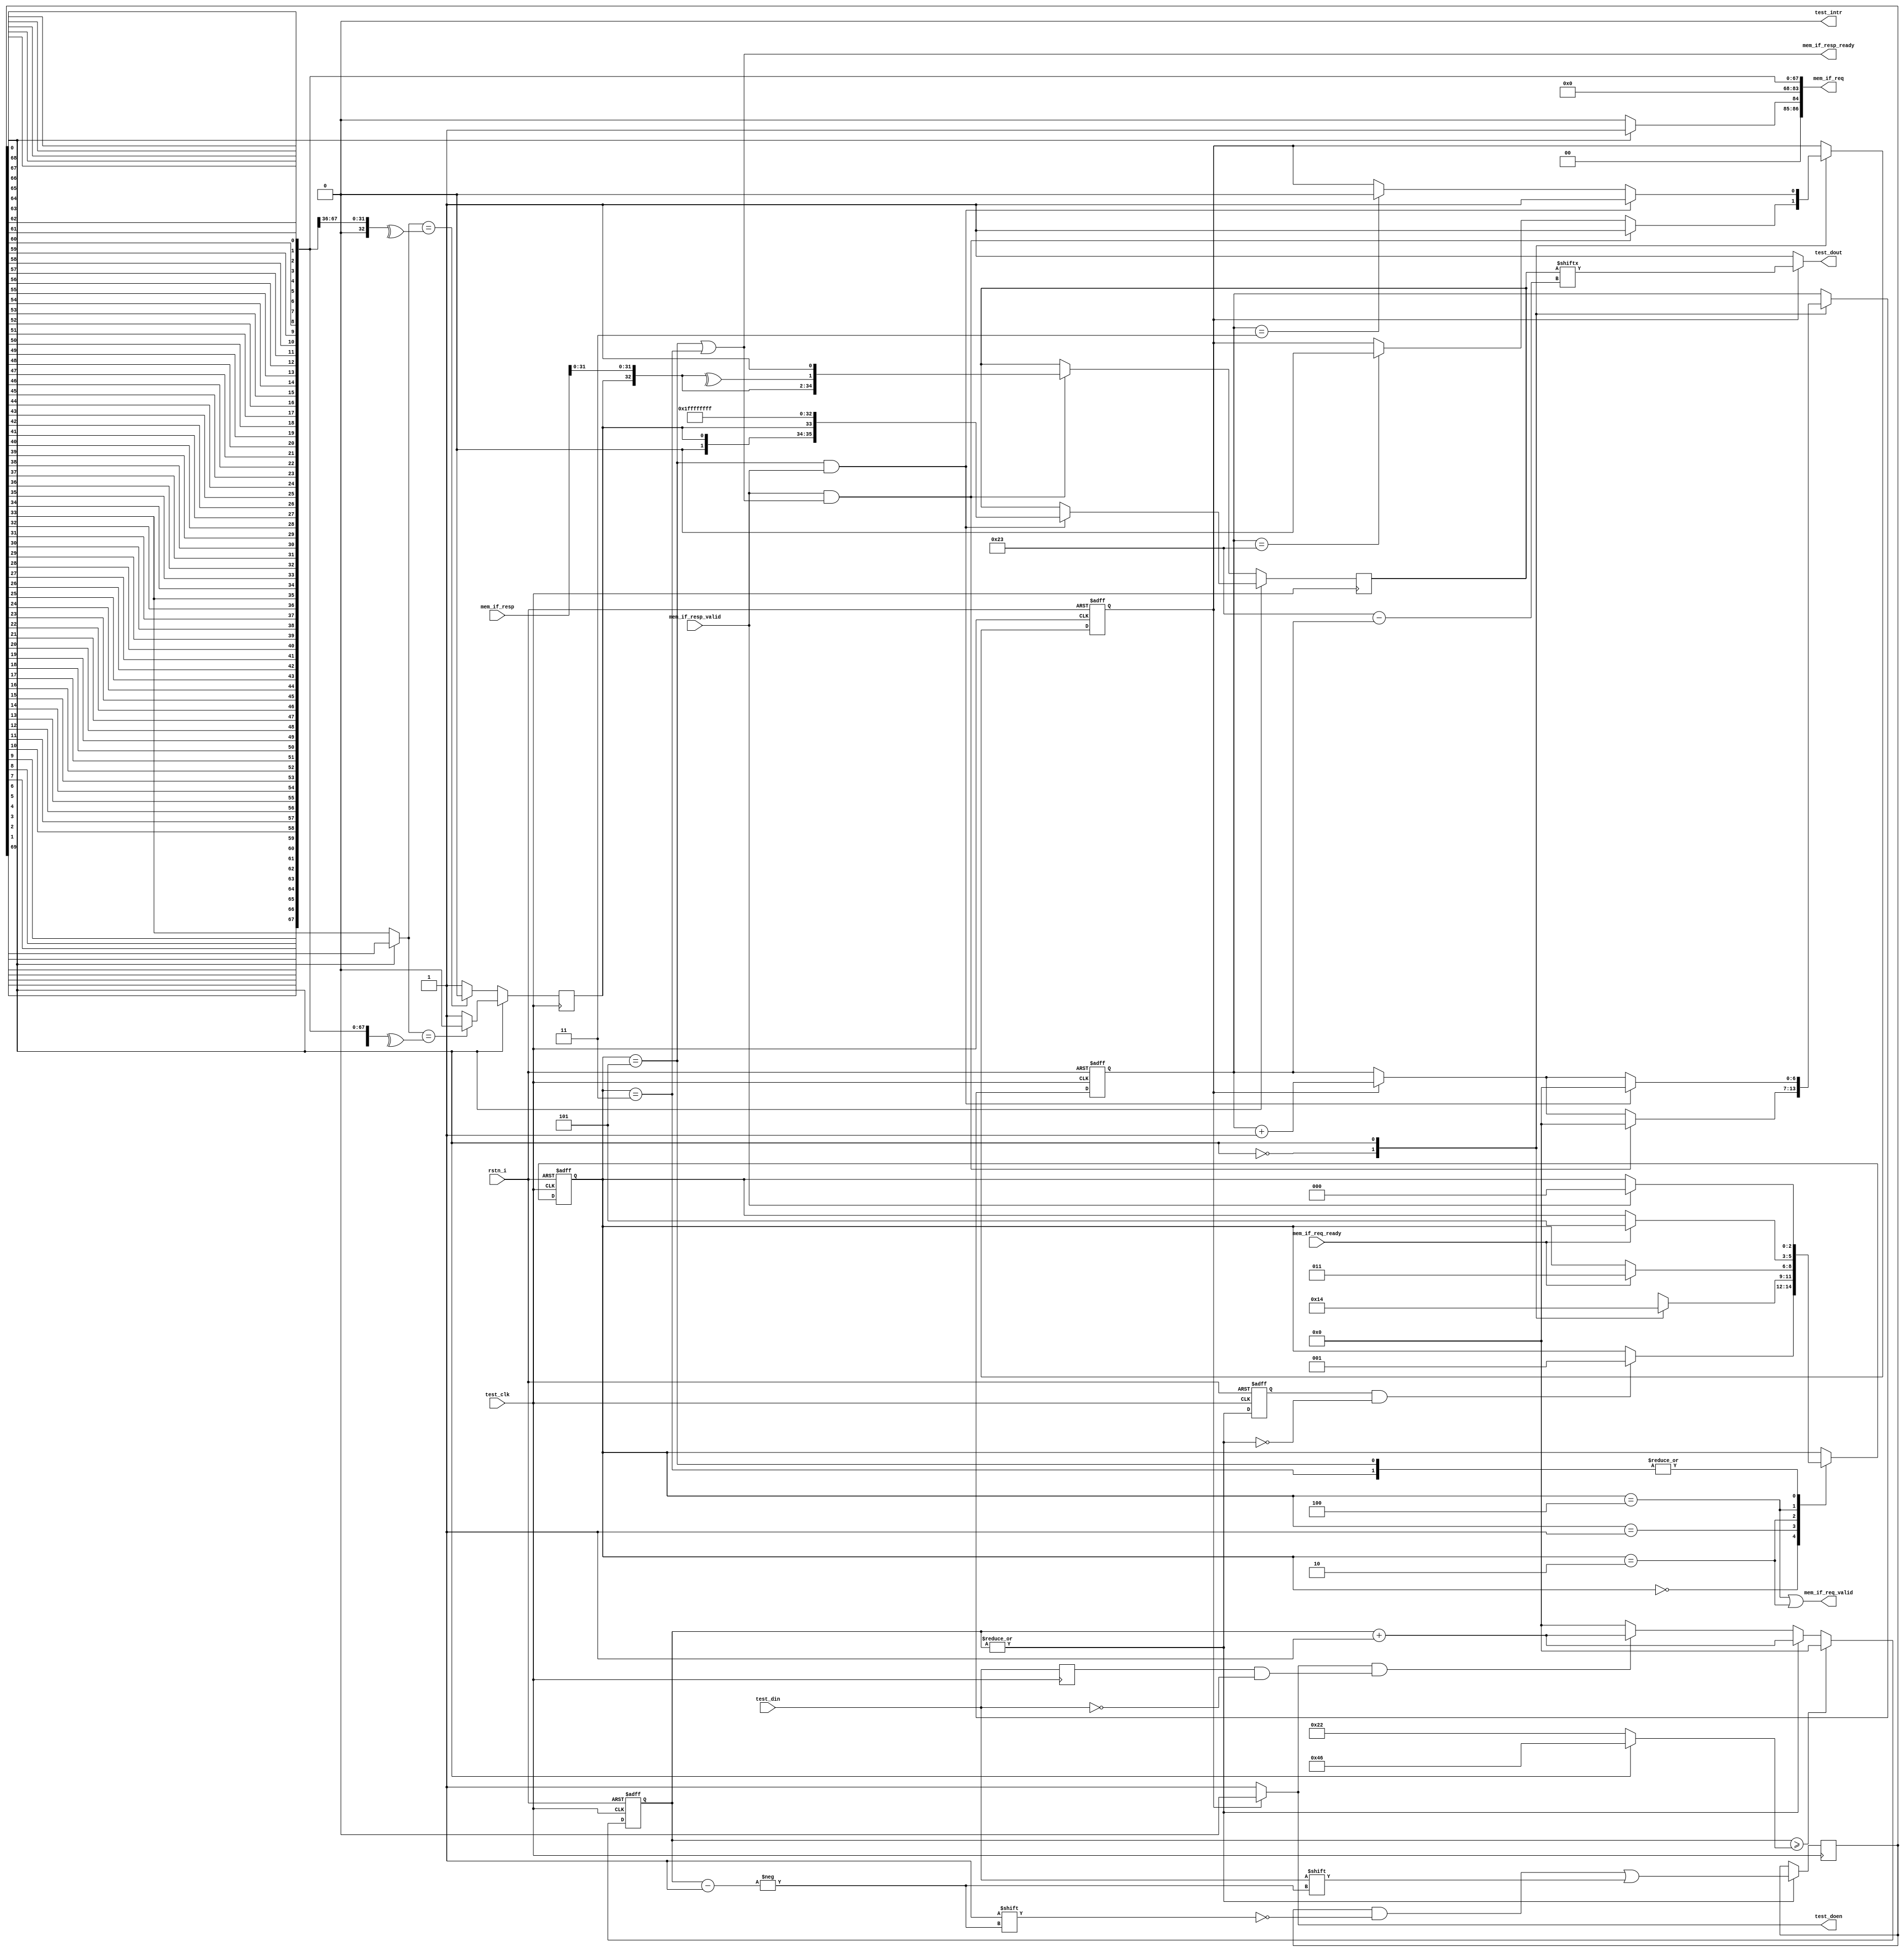
module rct_testio_ma (
	rstn_i,
	test_intr,
	test_clk,
	test_din,
	test_dout,
	test_doen,
	mem_if_req_valid,
	mem_if_req_ready,
	mem_if_req,
	mem_if_resp_valid,
	mem_if_resp_ready,
	mem_if_resp
);
	input wire rstn_i;
	output wire test_intr;
	input wire test_clk;
	input wire test_din;
	output reg test_dout;
	output reg test_doen;
	output wire mem_if_req_valid;
	input wire mem_if_req_ready;
	localparam rct_cfg_RCT_MEM_ADDR_W = 32;
	localparam rct_cfg_RCT_MEM_DATA_W = 32;
	localparam rct_cfg_RCT_MEM_MASK_W = 4;
	localparam rct_cfg_CPUNOC_TID_RID_SIZE = 4;
	localparam rct_cfg_CPUNOC_TID_SRCID_SIZE = 4;
	localparam rct_cfg_CPUNOC_TID_TID_SIZE = 8;
	output wire [86:0] mem_if_req;
	input wire mem_if_resp_valid;
	output wire mem_if_resp_ready;
	input wire [50:0] mem_if_resp;
	assign test_intr = 1'b0;
	localparam signed [31:0] N_CNT_BITS = 7;
	localparam [6:0] N_CMD_BITS = 1;
	localparam [6:0] N_ADDR_BITS = 32;
	localparam [6:0] N_STRB_BITS = 4;
	localparam [6:0] N_DATA_BITS = 32;
	localparam [6:0] N_PRTY_BITS = 1;
	localparam [6:0] N_ACK_BITS = 1;
	localparam [6:0] N_CMDBUF_BITS = (((N_CMD_BITS + N_ADDR_BITS) + N_DATA_BITS) + N_STRB_BITS) + N_PRTY_BITS;
	localparam [N_CMD_BITS - 1:0] CMD_RD = 0;
	localparam [N_CMD_BITS - 1:0] CMD_WR = 1;
	localparam [0:0] START = 0;
	localparam [0:0] STOP = 1;
	localparam [N_ACK_BITS - 1:0] ACK_OK = {N_ACK_BITS {1'b0}};
	localparam [N_ACK_BITS - 1:0] ACK_ERR = {N_ACK_BITS {1'b1}};
	wire [N_DATA_BITS - 1:0] resp_data;
	reg [2:0] rff_cdcst;
	reg [2:0] next_cdcst;
	wire test_rstn;
	assign test_rstn = rstn_i;
	reg dff_test_din;
	always @(posedge test_clk) dff_test_din <= test_din;
	wire test_din_en;
	reg dff_test_din_en;
	wire test_din_neg;
	reg [6:0] rff_cmd_idx_max;
	reg [6:0] rff_cmd_idx;
	assign test_din_en = |rff_cmd_idx;
	assign test_din_neg = (dff_test_din == 1'b1) && (test_din == 1'b0);
	always @(posedge test_clk or negedge test_rstn)
		if (test_rstn == 1'b0)
			dff_test_din_en <= 1'd0;
		else
			dff_test_din_en <= test_din_en;
	wire [N_CMD_BITS - 1:0] cmd;
	always @(*)
		if (cmd == CMD_WR)
			rff_cmd_idx_max = (((1 + N_ADDR_BITS) + N_STRB_BITS) + N_DATA_BITS) + N_PRTY_BITS;
		else if (cmd == CMD_RD)
			rff_cmd_idx_max = (1 + N_ADDR_BITS) + N_PRTY_BITS;
		else
			rff_cmd_idx_max = {N_CNT_BITS {1'b1}};
	always @(posedge test_clk or negedge test_rstn)
		if (test_rstn == 1'b0)
			rff_cmd_idx <= {N_CNT_BITS {1'b0}};
		else if (rff_cmd_idx >= rff_cmd_idx_max)
			rff_cmd_idx <= {N_CNT_BITS {1'b0}};
		else if (test_din_en)
			rff_cmd_idx <= rff_cmd_idx + 1'b1;
		else if (test_doen && test_din_neg)
			rff_cmd_idx <= rff_cmd_idx + 1'b1;
		else
			rff_cmd_idx <= {N_CNT_BITS {1'b0}};
	reg [N_CMDBUF_BITS:1] dff_cmdbuf;
	always @(posedge test_clk)
		if (test_din_en)
			dff_cmdbuf[rff_cmd_idx] <= test_din;
	wire [N_ADDR_BITS - 1:0] addr;
	wire [N_STRB_BITS - 1:0] wstrb;
	wire [N_DATA_BITS - 1:0] wdata;
	wire [N_PRTY_BITS - 1:0] prty;
	genvar i;
	generate
		for (i = 0; i < N_CMD_BITS; i = i + 1) begin : CMD_REORDER_GEN
			assign cmd[i] = dff_cmdbuf[N_CMD_BITS - i];
		end
		for (i = 0; i < N_ADDR_BITS; i = i + 1) begin : ADDR_REORDER_GEN
			assign addr[i] = dff_cmdbuf[(N_CMD_BITS + N_ADDR_BITS) - i];
		end
		for (i = 0; i < N_STRB_BITS; i = i + 1) begin : STRB_REORDER_GEN
			assign wstrb[i] = dff_cmdbuf[((N_CMD_BITS + N_ADDR_BITS) + N_STRB_BITS) - i];
		end
		for (i = 0; i < N_DATA_BITS; i = i + 1) begin : WDATA_REORDER_GEN
			assign wdata[i] = dff_cmdbuf[(((N_CMD_BITS + N_ADDR_BITS) + N_STRB_BITS) + N_DATA_BITS) - i];
		end
	endgenerate
	function automatic [6:0] sv2v_cast_70A79;
		input reg [6:0] inp;
		sv2v_cast_70A79 = inp;
	endfunction
	function automatic [sv2v_cast_70A79(1) - 1:0] sv2v_cast_45798;
		input reg [sv2v_cast_70A79(1) - 1:0] inp;
		sv2v_cast_45798 = inp;
	endfunction
	generate
		for (i = 0; i < N_PRTY_BITS; i = i + 1) begin : PRTY_REORDER_GEN
			assign prty[i] = (cmd == sv2v_cast_45798(1) ? dff_cmdbuf[((((N_CMD_BITS + N_ADDR_BITS) + N_STRB_BITS) + N_DATA_BITS) + N_PRTY_BITS) - i] : dff_cmdbuf[((N_CMD_BITS + N_ADDR_BITS) + N_PRTY_BITS) - i]);
		end
	endgenerate
	wire prty_wreq_exp;
	wire prty_rreq_exp;
	reg [N_ACK_BITS - 1:0] ack;
	assign prty_wreq_exp = ^{CMD_WR, addr, wstrb, wdata};
	assign prty_rreq_exp = ^{CMD_RD, addr};
	always @(posedge test_clk)
		if (cmd == CMD_WR)
			ack <= (prty == prty_wreq_exp ? ACK_OK : ACK_ERR);
		else if (cmd == CMD_RD)
			ack <= (prty == prty_rreq_exp ? ACK_OK : ACK_ERR);
		else
			ack <= ack;
	wire [N_PRTY_BITS - 1:0] rprty;
	wire [N_PRTY_BITS - 1:0] wprty;
	assign rprty = ^{ack, resp_data};
	assign wprty = ^{ack};
	reg [(((1 + N_ACK_BITS) + N_DATA_BITS) + N_PRTY_BITS) + 0:0] dff_payload;
	reg [6:0] rff_payload_idx;
	reg rff_payload_in_progress;
	always @(posedge test_clk)
		if (cmd == CMD_RD) begin
			if (mem_if_resp_valid & mem_if_resp_ready)
				dff_payload <= {START, ack, resp_data, rprty, STOP};
			else
				dff_payload <= dff_payload;
		end
		else if (cmd == CMD_WR) begin
			if ((rff_cdcst == 3'd5) && (mem_if_resp_valid == 1'b1))
				dff_payload <= {START, ack, wprty, STOP, 32'hffffffff};
			else
				dff_payload <= dff_payload;
		end
		else
			dff_payload <= dff_payload;
	always @(posedge test_clk or negedge test_rstn)
		if (test_rstn == 1'b0)
			rff_payload_idx <= {N_CNT_BITS {1'b0}};
		else
			case (cmd)
				CMD_RD:
					if (mem_if_resp_valid & mem_if_resp_ready)
						rff_payload_idx <= {N_CNT_BITS {1'b0}};
					else if (rff_payload_in_progress)
						rff_payload_idx <= rff_payload_idx + 1'b1;
				CMD_WR:
					if ((rff_cdcst == 3'd5) && (mem_if_resp_valid == 1'b1))
						rff_payload_idx <= {N_CNT_BITS {1'b0}};
					else if (rff_payload_in_progress)
						rff_payload_idx <= rff_payload_idx + 1'b1;
			endcase
	always @(posedge test_clk or negedge test_rstn)
		if (test_rstn == 1'b0)
			rff_payload_in_progress <= 1'b0;
		else
			case (cmd)
				CMD_RD:
					if (mem_if_resp_valid & mem_if_resp_ready)
						rff_payload_in_progress <= 1'b1;
					else if (rff_payload_idx == ((((1 + N_ACK_BITS) + N_DATA_BITS) + N_PRTY_BITS) + 0))
						rff_payload_in_progress <= 1'b0;
				CMD_WR:
					if ((rff_cdcst == 3'd5) && (mem_if_resp_valid == 1'b1))
						rff_payload_in_progress <= 1'b1;
					else if (rff_payload_idx == (((1 + N_ACK_BITS) + N_PRTY_BITS) + 0))
						rff_payload_in_progress <= 1'b0;
			endcase
	always @(posedge test_clk or negedge test_rstn)
		if (test_rstn == 1'b0)
			rff_cdcst <= 3'd0;
		else
			rff_cdcst <= next_cdcst;
	always @(*) begin
		next_cdcst = rff_cdcst;
		case (rff_cdcst)
			3'd0:
				if (dff_test_din_en && !test_din_en)
					next_cdcst = 3'd1;
			3'd1:
				case (cmd)
					CMD_RD: next_cdcst = 3'd2;
					CMD_WR: next_cdcst = 3'd4;
					default: next_cdcst = 3'd0;
				endcase
			3'd2:
				if (mem_if_req_ready)
					next_cdcst = 3'd3;
			3'd3:
				if (mem_if_resp_valid)
					next_cdcst = 3'd0;
			3'd4:
				if (mem_if_req_ready)
					next_cdcst = 3'd5;
			3'd5:
				if (mem_if_resp_valid)
					next_cdcst = 3'd0;
		endcase
	end
	always @(*) begin
		test_doen = 1'b1;
		test_dout = 1'b1;
		if (rff_payload_in_progress == 1'b1) begin
			test_doen = 1'b0;
			test_dout = dff_payload[((((1 + N_ACK_BITS) + N_DATA_BITS) + N_PRTY_BITS) + 0) - rff_payload_idx];
		end
	end
	assign mem_if_req_valid = (rff_cdcst == 3'd4) | (rff_cdcst == 3'd2);
	assign mem_if_req[86-:3] = (cmd ? 3'd1 : 3'd0);
	assign mem_if_req[83-:16] = 16'h0;
	assign mem_if_req[67-:32] = addr[31:0];
	assign mem_if_req[35-:4] = wstrb[3:0];
	assign mem_if_req[31-:rct_cfg_RCT_MEM_DATA_W] = wdata[31:0];
	assign mem_if_resp_ready = (rff_cdcst == 3'd5) | (rff_cdcst == 3'd3);
	// assign resp_data = {{(N_DATA_BITS - rct_cfg_RCT_MEM_DATA_W){1'b0}}, mem_if_resp[31-:rct_cfg_RCT_MEM_DATA_W]};
	assign resp_data = mem_if_resp[31:0];
endmodule